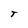
Character: T